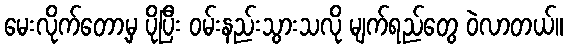
မေးလိုက်တော့မှ ပိုပြီး ဝမ်းနည်းသွားသလို မျက်ရည်တွေ ဝဲလာတယ်။